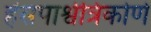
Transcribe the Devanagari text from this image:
हंसपार्श्वत्रिकोणे